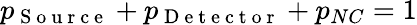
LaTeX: p_{\mathrm{~S~o~u~r~c~e~}}+p_{\mathrm{~D~e~t~e~c~t~o~r~}}+p_{NC}=1